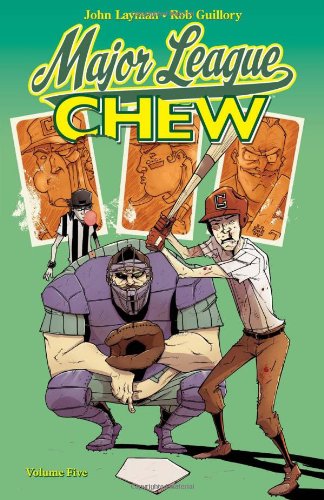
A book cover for Chew, Vol. 5: Major League Chew; Comics & Graphic Novels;